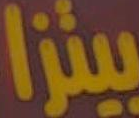
بيتزا